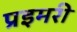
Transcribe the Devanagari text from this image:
प्रइमरी